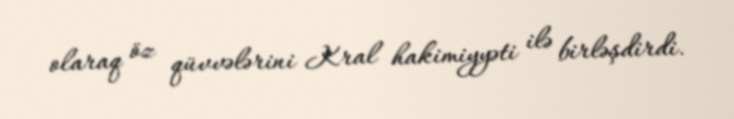
olaraq öz qüvvələrini Kral hakimiyyəti ilə birləşdirdi.